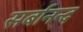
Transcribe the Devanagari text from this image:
सर्बानन्द